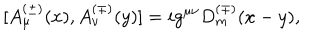
[ A _ { \mu } ^ { ( \pm ) } ( x ) , A _ { \nu } ^ { ( \mp ) } ( y ) ] = i g ^ { \mu \nu } D _ { m } ^ { ( \mp ) } ( x - y ) ,